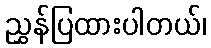
ညွှန်ပြထားပါတယ်၊